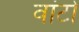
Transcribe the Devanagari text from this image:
वांटो